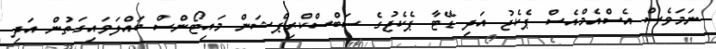
ނަމަވެސް އެސްއެމްއެސް ޕެކެޖު އަދި ޑޭޓާ ޕެކެޖުގެ ސަބްސްކްރިޕްޝަން މައިޓޯންސް ބައްލަވައިގަތުން އަދި